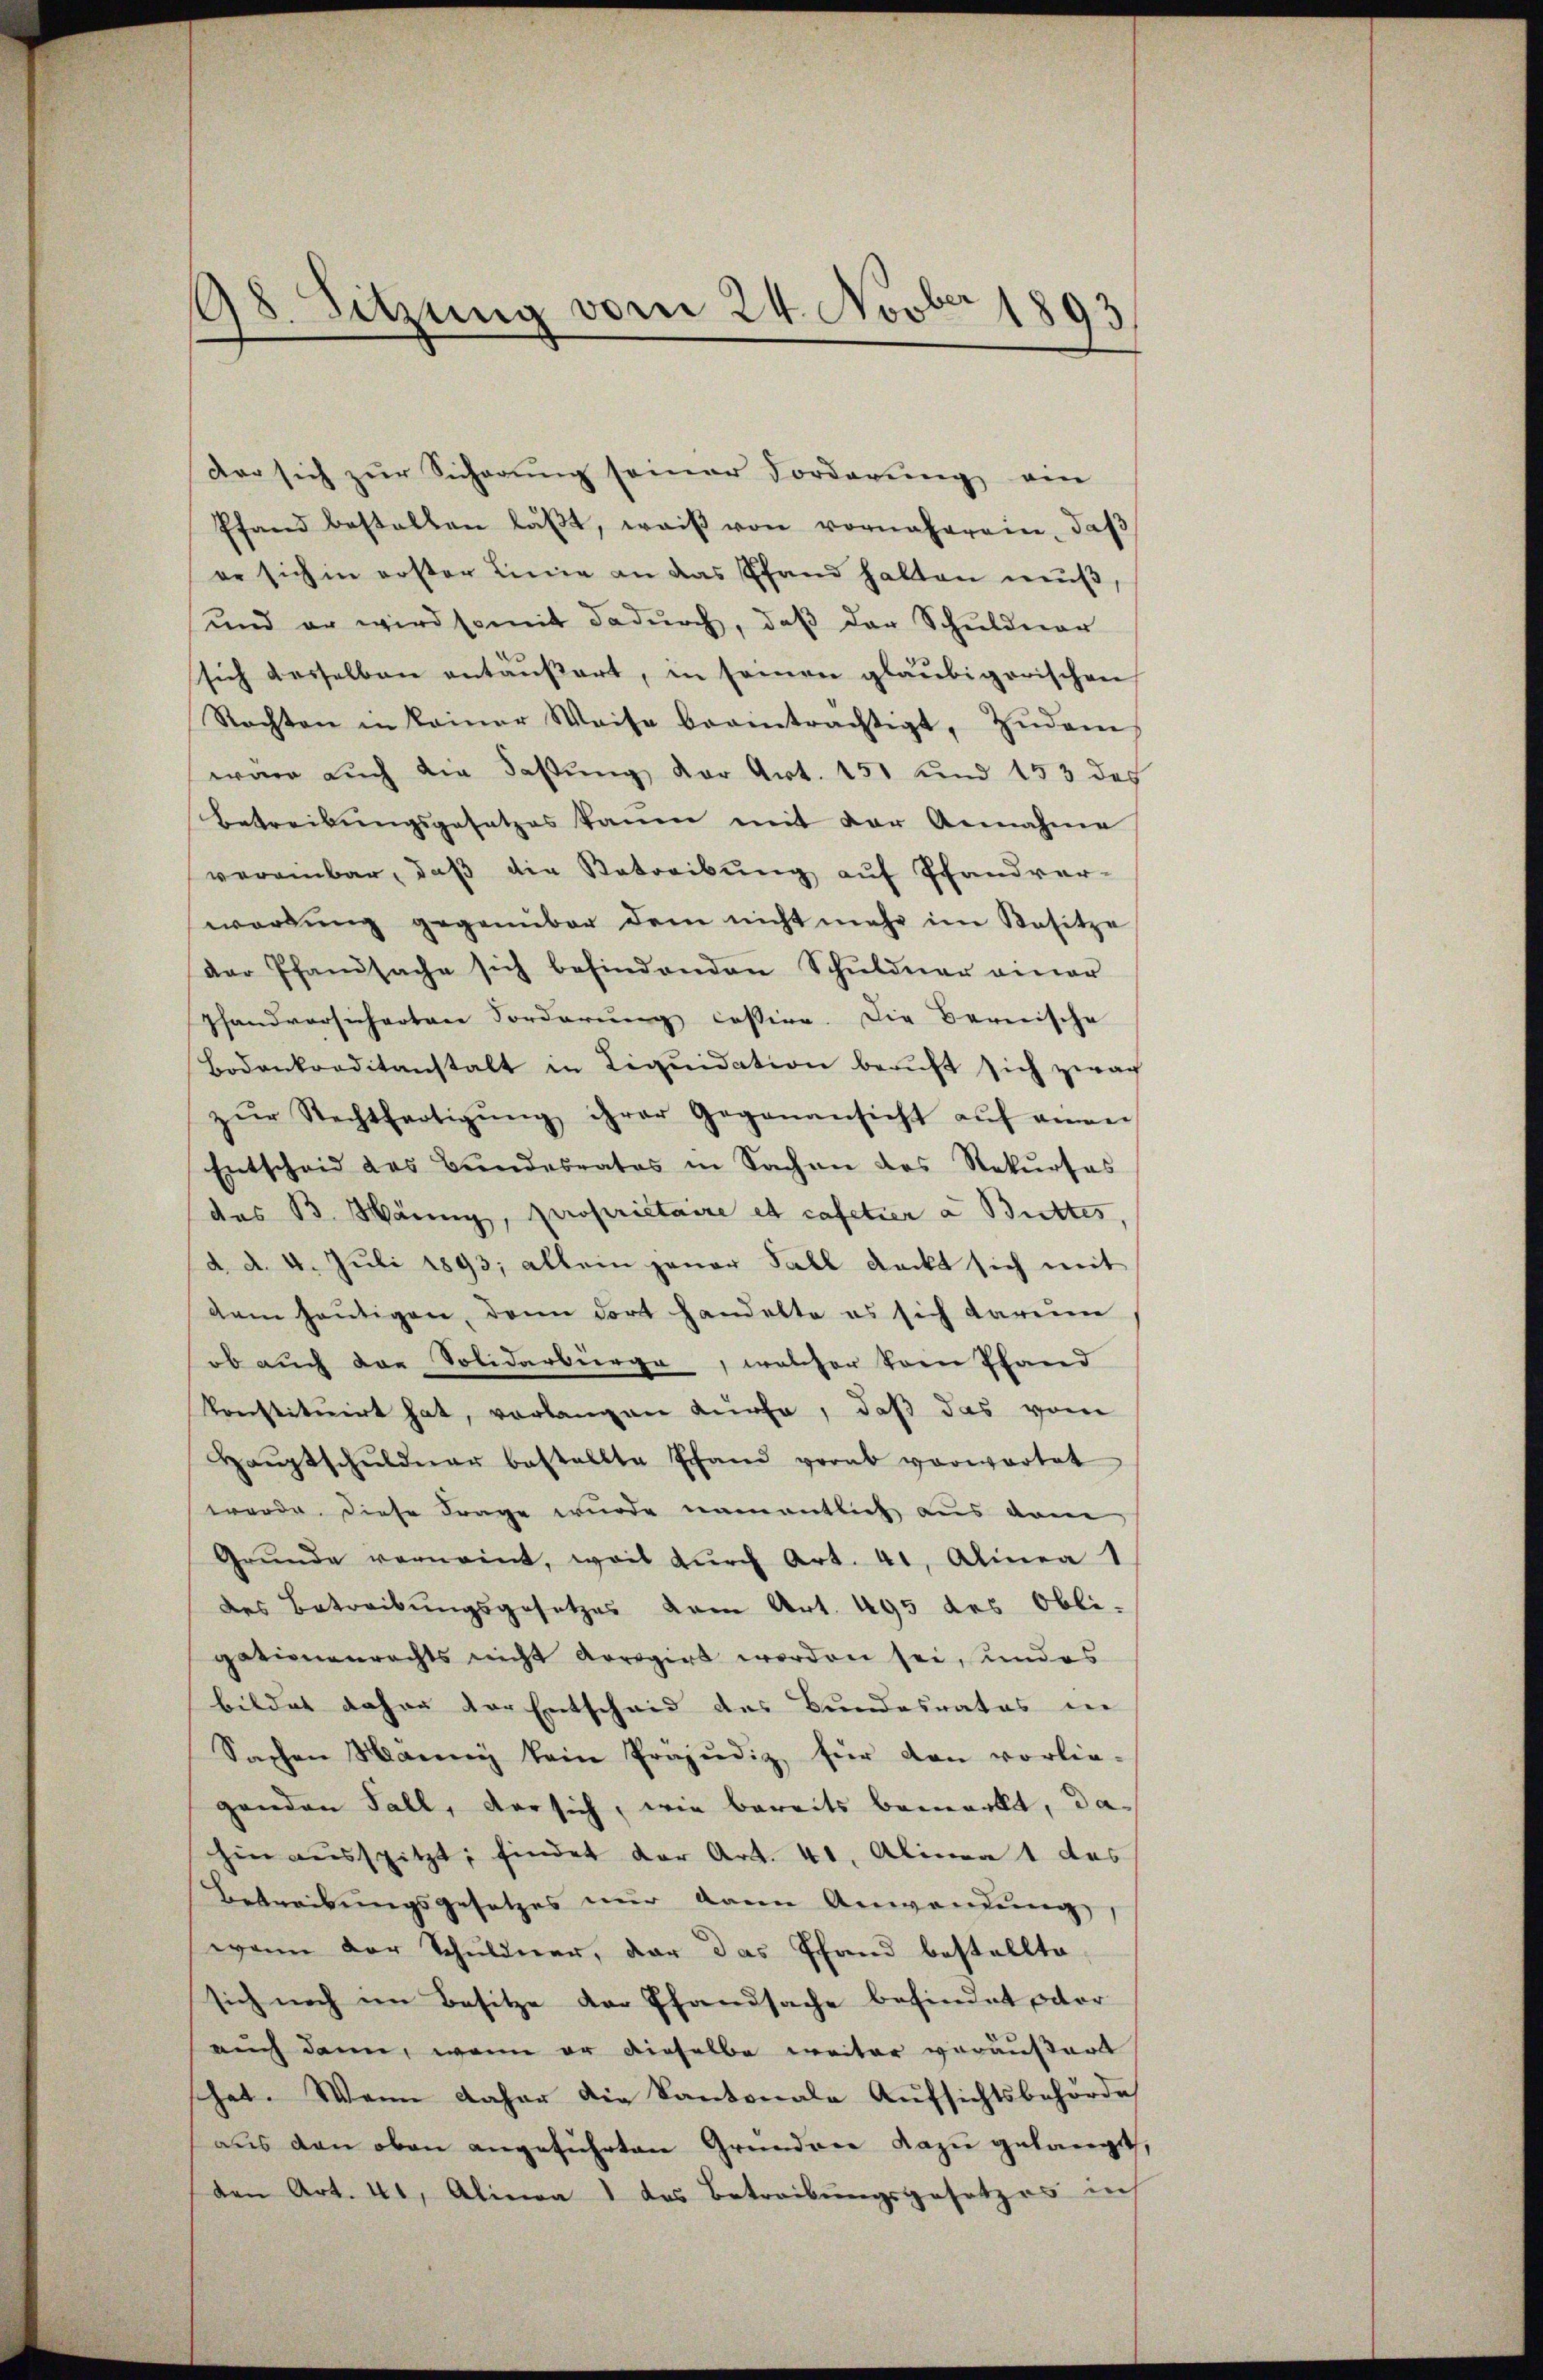
der sich zur Sicherung seiner Vorderung ein
Pfand bestellen läβt, weiß von vornäherein, daβ
er sich in erster Linie an das Pfand halten muß
und er wird somit dadurch, daß der Schuldner
sich desselben antäŭβert, in seinen glaubigerischen
Rechten in keiner Weise beeinträchtigt. Zŭdem
war auch die Faßung der Art. 151 und 153 des
Betreibungsgesetzes kaum mit der Annahme
vereinbar, daβ die Betreibŭng auf Pfandver-
wordung gegenüber dem nicht mehr im Besitze
der Pfandsache sich befindenden Schuldner einer
shandversichertare Forderung cassire. Die Bernische
Bodenkraditanstalt in Liqŭidation beruft sich zwa
zŭr Rechtfertigŭng ihrer Gegenansicht aŭf einen
Entscheid des Bundesrates in Sachen des Rekŭrses
des B. Hänny, propriétaire et cafetier a Bittes
d. d. 4. Juli 1893; allein jener Fall deckt sich mit
dam heutigen, dann dort handelte es sich darum
ob auch das Solidarbürge, welcher vom Pfand
konstituiert hat, verlangen dürfe, daß das von
Haŭptschŭldner bestellte Erhand vorab vorwortet
werde. Diese Frage wurde namentlich aus vom
Grŭnde vernannt, weil dŭrch Art. 41, Alinea 1
des Betreibungsgesetzes vom Art. 495 des Obli-
gationenrechts nicht Arrogirt werden sei, und es
bildet daher der Entscheid des Bundesrates in
Sachen Manney kein Präjudiz für den vorlie-
genden Fall, versich, wie bereits bemerkt, dahin aŭsspitzt, findet der Art. 41. Alinea 1 des
Betreibungsgesetzes nur dann Anwendung
wenn der Schuldner, der das Pfand bestellte
sich noch im Besitze der Pfandsache befindet wor
auch dann, wenn er dieselbe weiter vorausart
schat. Wenn daher die Kantonale Aufsichtsbehörde
aus den oben angeführten Grundree dazu gelangt,
den Art. 41, Alina 1 das Betreibungsgesetzes uns

98. Sitzung vom 24. Novber 1893